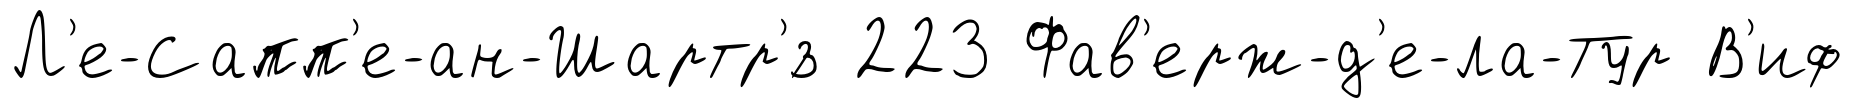
Л'е-Сапп'е-ан-Шартр'́з 223 Фав'ерж-д'е-ла-Тур В'иф